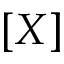
[ X ]